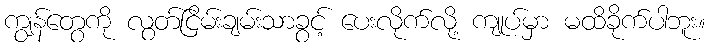
ကျွန်တွေကို လွတ်ငြိမ်းချမ်းသာခွင့် ပေးလိုက်လို့ ကျုပ်မှာ မထိခိုက်ပါဘူး။